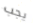
يجب